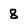
Character: 8